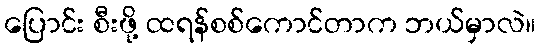
ပြောင်း စီးဖို့ ထရန်စစ်ကောင်တာက ဘယ်မှာလဲ။